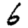
Digit: 6